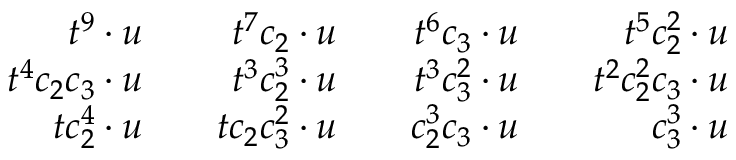
\begin{array} { r l r l r l r } { t ^ { 9 } \cdot u } & { } & { t ^ { 7 } c _ { 2 } \cdot u } & { } & { t ^ { 6 } c _ { 3 } \cdot u } & { } & { t ^ { 5 } c _ { 2 } ^ { 2 } \cdot u } \\ { t ^ { 4 } c _ { 2 } c _ { 3 } \cdot u } & { } & { t ^ { 3 } c _ { 2 } ^ { 3 } \cdot u } & { } & { t ^ { 3 } c _ { 3 } ^ { 2 } \cdot u } & { } & { t ^ { 2 } c _ { 2 } ^ { 2 } c _ { 3 } \cdot u } \\ { t c _ { 2 } ^ { 4 } \cdot u } & { } & { t c _ { 2 } c _ { 3 } ^ { 2 } \cdot u } & { } & { c _ { 2 } ^ { 3 } c _ { 3 } \cdot u } & { } & { c _ { 3 } ^ { 3 } \cdot u } \end{array}